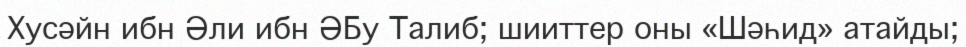
Хусәйн ибн Әли ибн ӘБу Талиб; шииттер оны «Шәһид» атайды;